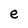
Character: e